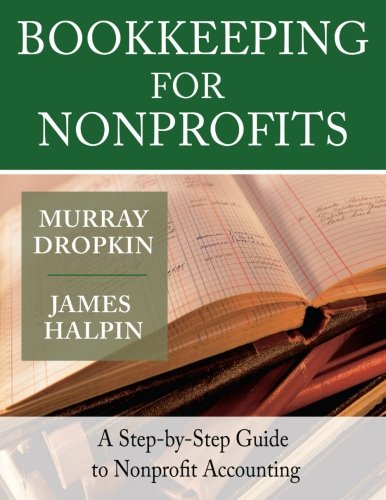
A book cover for Bookkeeping for Nonprofits: A Step-by-Step Guide to Nonprofit Accounting; Murray Dropkin; Business & Money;